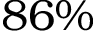
8 6 \%